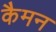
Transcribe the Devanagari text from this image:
कैमन